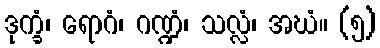
ဒုက္ခံ၊ ရောဂံ၊ ဂဏ္ဍံ၊ သလ္လံ၊ အဃံ။ (၅)